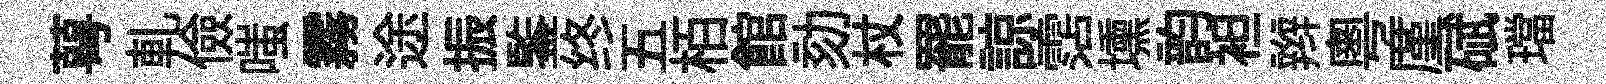
萼軋儉嗤霧途振鍳终五栢館劾杖罷諒霑壎韵袒辫粤廑碔璫